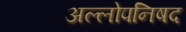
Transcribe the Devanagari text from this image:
अल्लोपनिषद